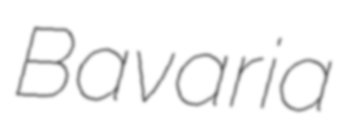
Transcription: Bavaria